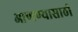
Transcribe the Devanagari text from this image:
आणण्‍यासाठी